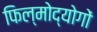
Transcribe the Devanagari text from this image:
फिल्मोद्योगों